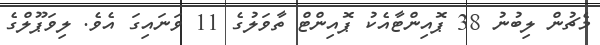
މެޗުން ލިބުނު 38 ޕޮއިންޓާއެކު ޕޮއިންޓް ތާވަލުގެ 11 ވަނައިގަ އެވެ. ލިވަޕޫލްގެ